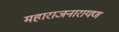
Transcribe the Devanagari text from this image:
महाराजनारायण